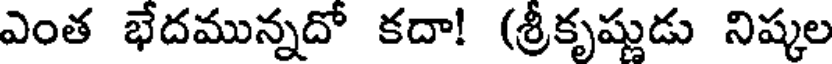
ఎంత భేదమున్నదో కదా! (శ్రీకృష్ణుడు నిష్కల